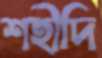
শহীদি